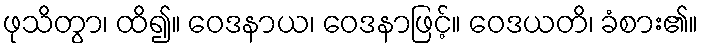
ဖုသိတွာ၊ ထိ၍။ ဝေဒနာယ၊ ဝေဒနာဖြင့်။ ဝေဒယတိ၊ ခံစား၏။